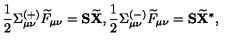
\frac 1 2 \Sigma _ { \mu \nu } ^ { ( + ) } \widetilde { F } _ { \mu \nu } = \mathbf { S } \widetilde { \mathbf { X } } , \frac 1 2 \Sigma _ { \mu \nu } ^ { ( - ) } \widetilde { F } _ { \mu \nu } = \mathbf { S } \widetilde { \mathbf { X } } ^ { * } ,